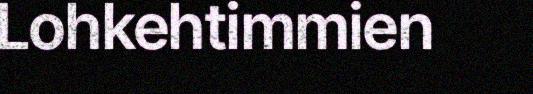
Lohkehtimmien